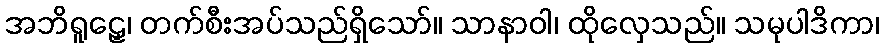
အဘိရူဠှေ၊ တက်စီးအပ်သည်ရှိသော်။ သာနာဝါ၊ ထိုလှေသည်။ သမုပါဒိကာ၊